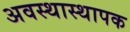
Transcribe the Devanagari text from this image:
अवस्थास्थापक